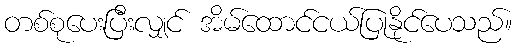
တစ်စုပေးပြီးလျှင် အိမ်ထောင်ငယ်ပြုနိုင်ပေသည်။